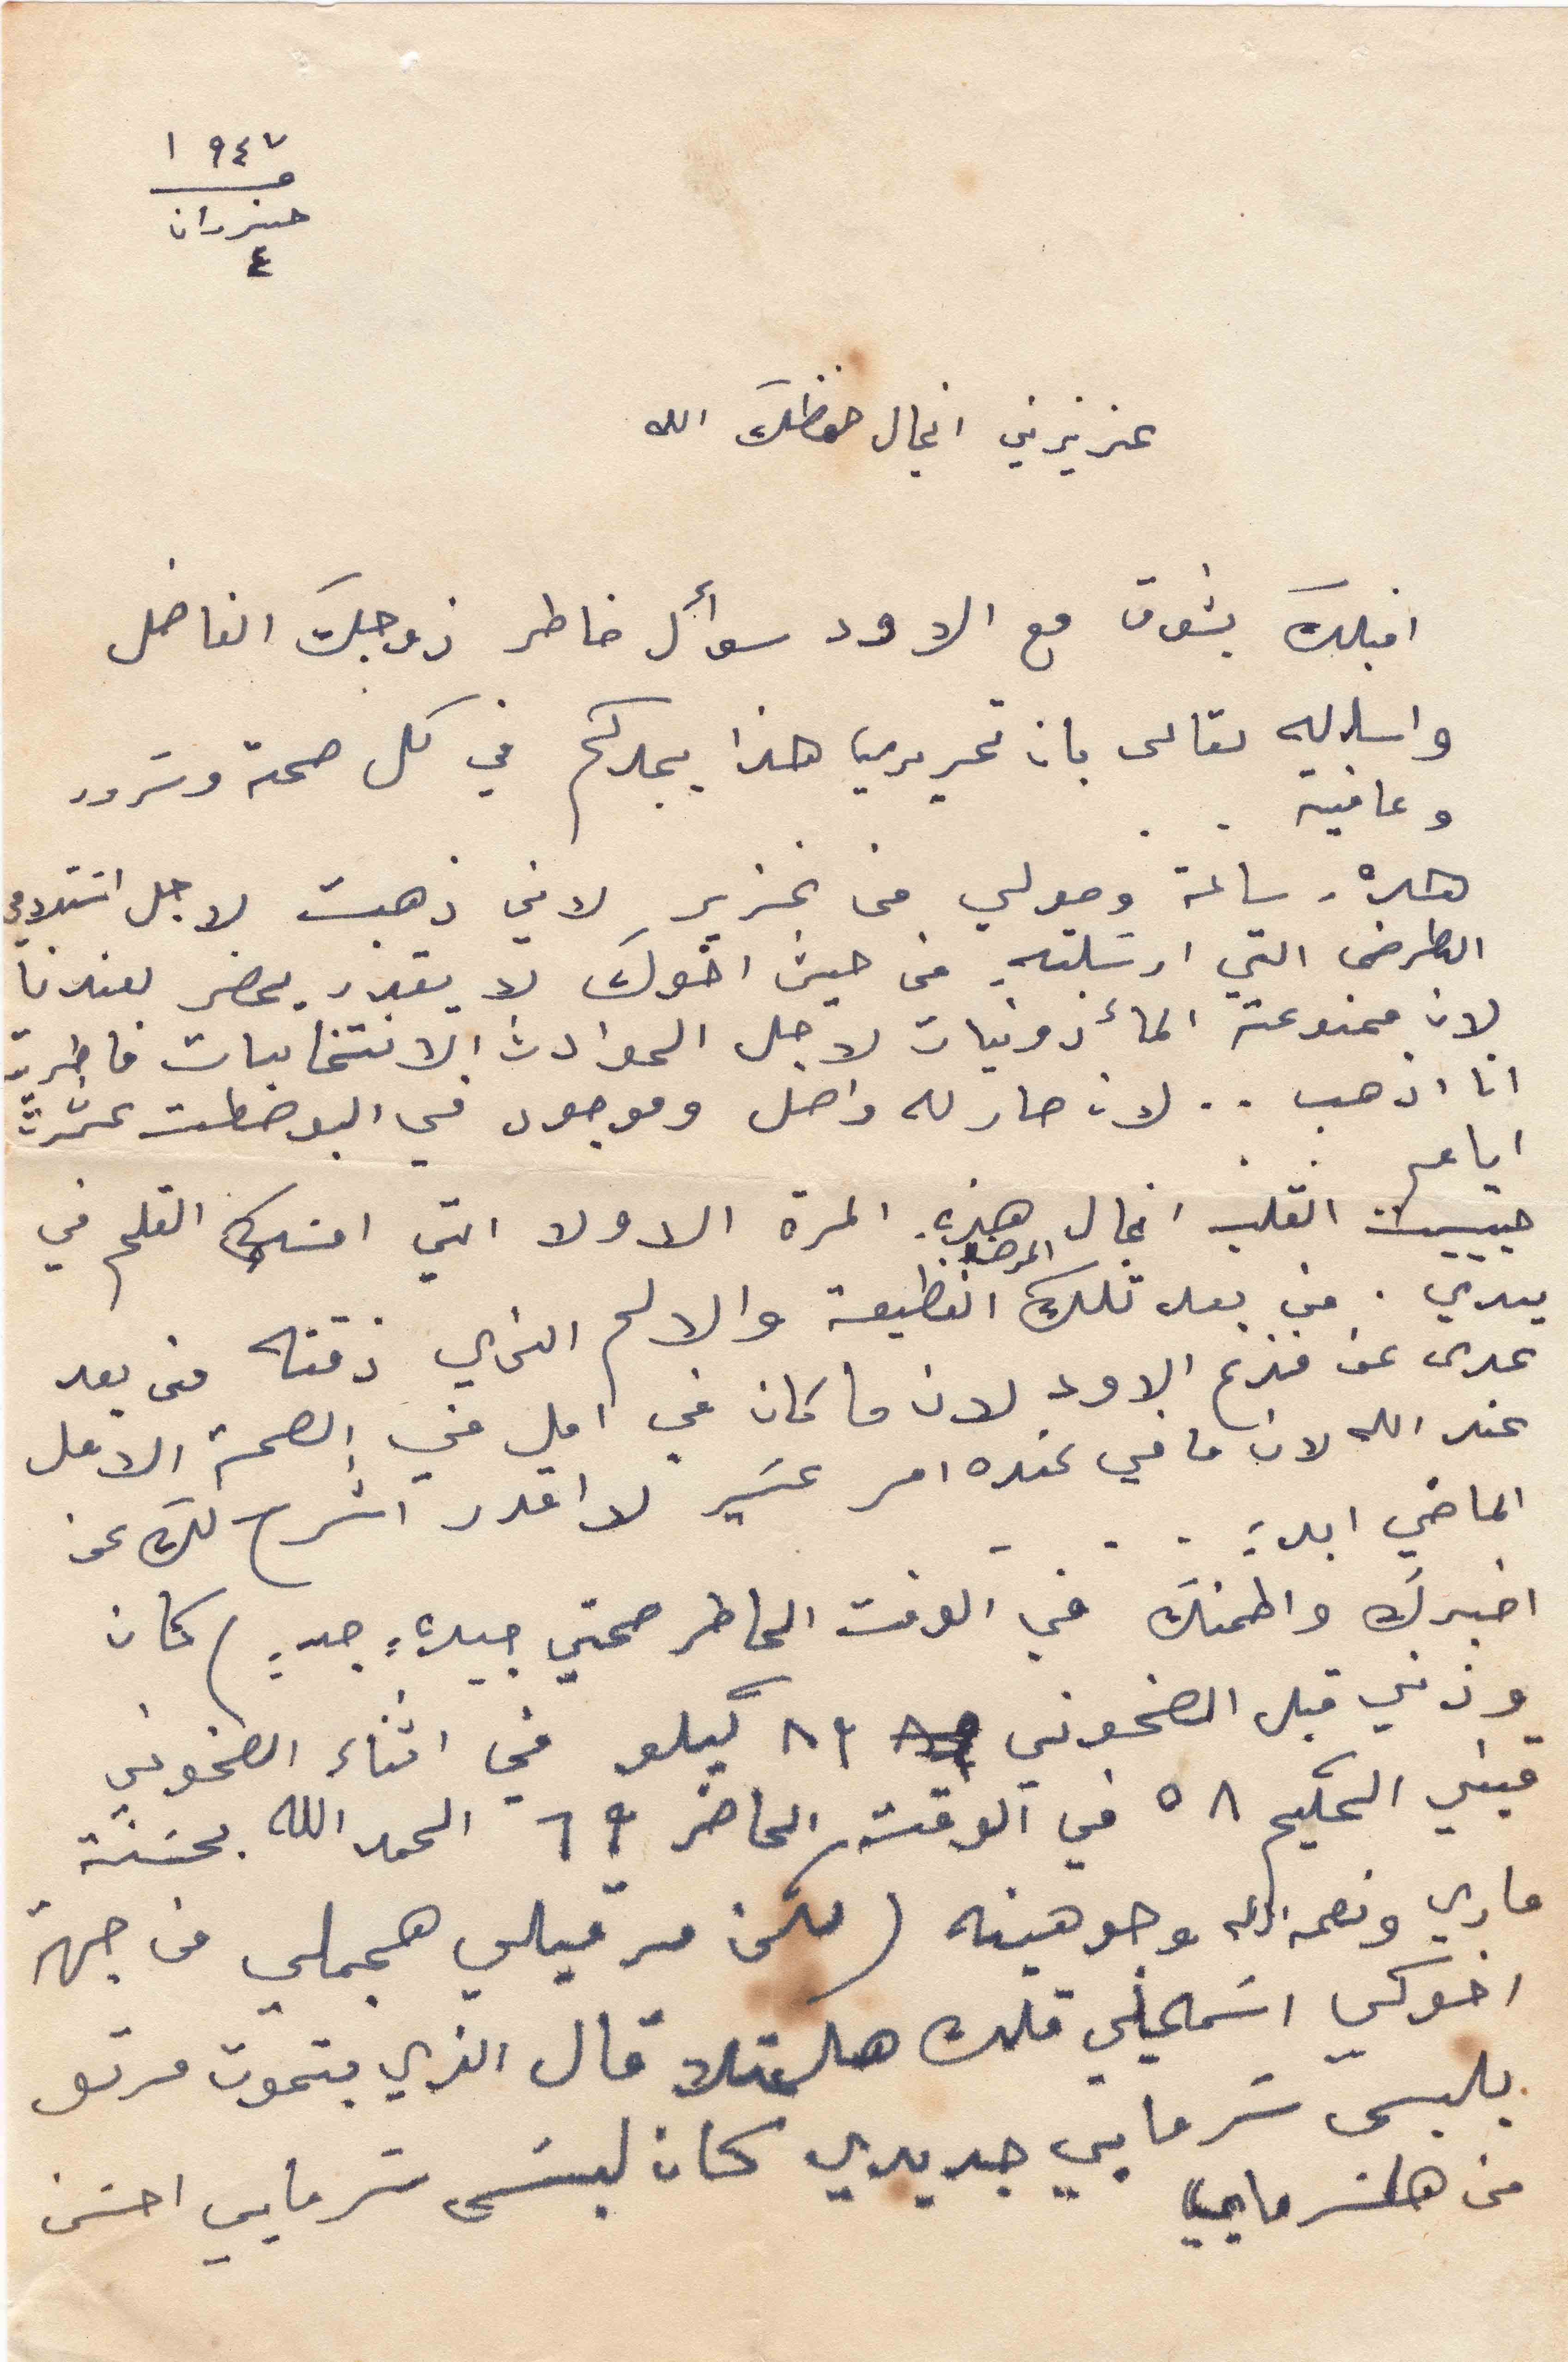
١٩٤٧
حزيران
٤
عزيزتي انجال حفظك الله
اقبلك بشوق مع الاود سؤال خاطر زوجك الفاضل
واساله تعالى بان تحريري هذا يجدكم في كل صحة وسرور
وعافية .
هذه ساعة وصولي من غزير لاني ذهبت لاجل استلامي
الطرض التي ارسلته من حيث اخوك لا يقدر يحضر لعندنا
لان ممنوعة المأذونيات لاجل الحوادث الانتخابات فاطريت
انا اذهب .. لان صار له واصل وموجود في البوصطت عشرة
ايام ..
حبيبت القلب انجال هذه المرة الاولا التي امسيك القلم في
يدي من بعد تلك المرضى الفظيعة والالم الذي ذقته من بعد
عدى عن فزع الاود لان ما كان في امل في الصحة الامل
عند الله لان ما في عنده امر عسير لا اقدر اشرح لك عن
الماضي ابد: ...
اخبرك واطمنك في الوقت الحاضر صحتي جيدة جدٍ: ) كان
وزني قبل الصخوني ٨٣ كيلو في اثناء الصخوني
قبني الحكيم ٥٨ في الوقت الحاضر ٦٩ الحمد الله بحسنة
ماري ونعمه الله وجوهينة ( لكن مرقيلي هجملي من جهة
اخوكي اسَمحيلي قلك هل عتلا قال الذي بتموت مرتو
يلبس سرمايي جديدي كان لبَس سَرمايي احسن
من هالسرمايي